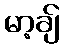
မာ့ချ်